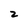
Character: 2